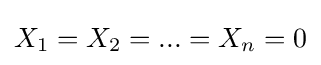
X_{1}=X_{2}=...=X_{n}=0